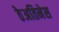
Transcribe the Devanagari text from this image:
ठेअतिनेस